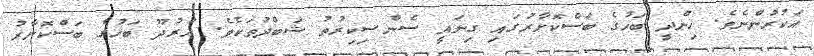
އަކުރުންނެވެ. ހިންދީ ބަހުގެ ބަސްކޮށާރުގައި ގިނައީ ސެންސިކިރުތު ޝަބްދުތަކެވެ. އުރުދޫ ބަހުގެ ބަސްކޮށާރު